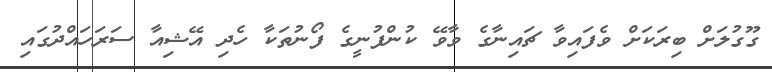
ގޫގުލަށް ބިރަކަށް ވެފައިވާ ޗައިނާގެ ވާވޭ ކުންފުނީގެ ފޯނުތަކާ ހެދި އޭޝިއާ ސަރަހައްދުގައި